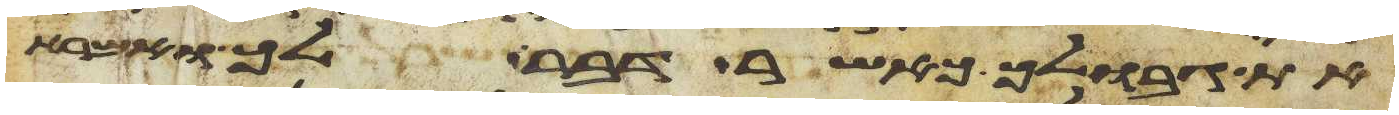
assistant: את גבולך כאשר דבר לך ואמרת